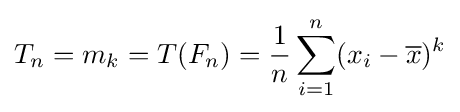
T_{n}=m_{k}=T(F_{n})={\frac {1}{n}}\sum _{i=1}^{n}(x_{i}-{\overline {x}})^{k}